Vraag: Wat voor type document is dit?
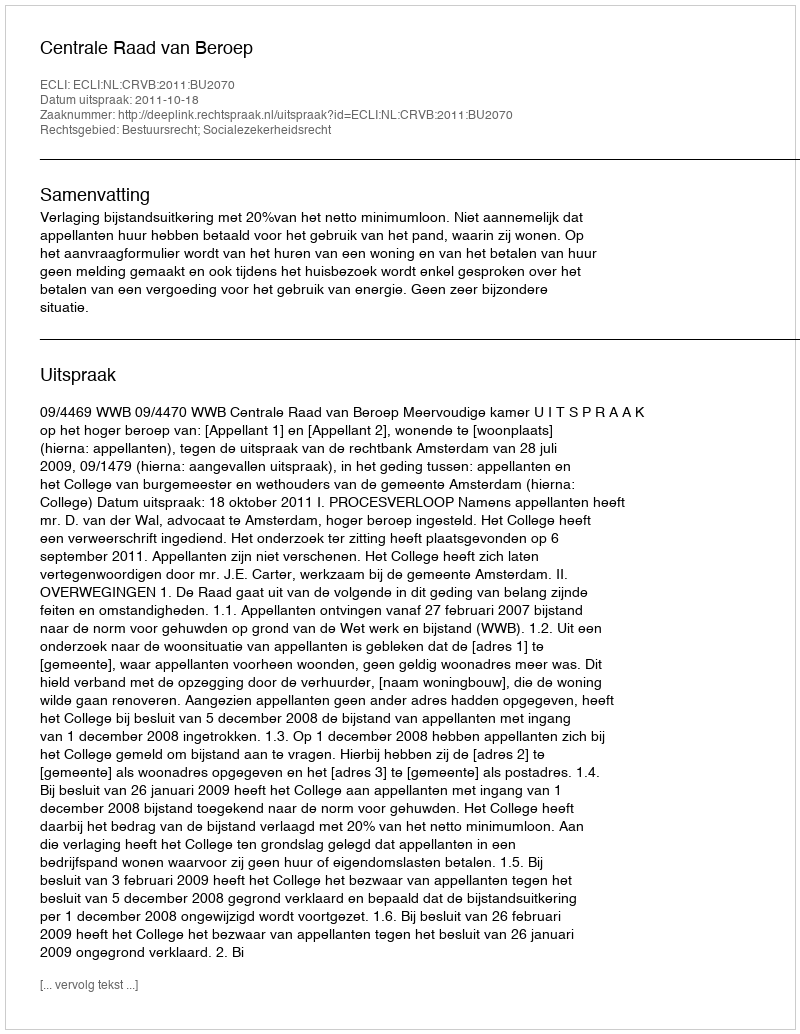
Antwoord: Uitspraak